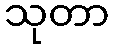
သုတာ